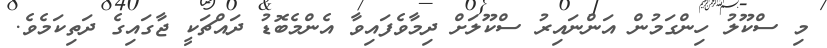
މި ސްކޫލު ހިންގަމުން އަންނައިރު ސްކޫލަށް ދިމާވެފައިވާ އެންމެބޮޑު ދައްޗަކީ ޖާގައިގެ ދަތިކަމެވެ.